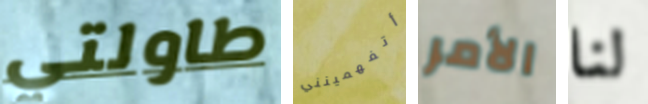
طاولتي أتفهمينني الأمر لنا